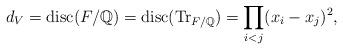
LaTeX: \begin{align*}d_V=\mathrm{disc}(F/\mathbb Q)=\mathrm{disc}(\mathrm{Tr}_{F/\mathbb Q})=\prod_{i<j}(x_i-x_j)^2, \end{align*}